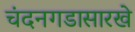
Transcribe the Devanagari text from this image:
चंदनगडासारखे